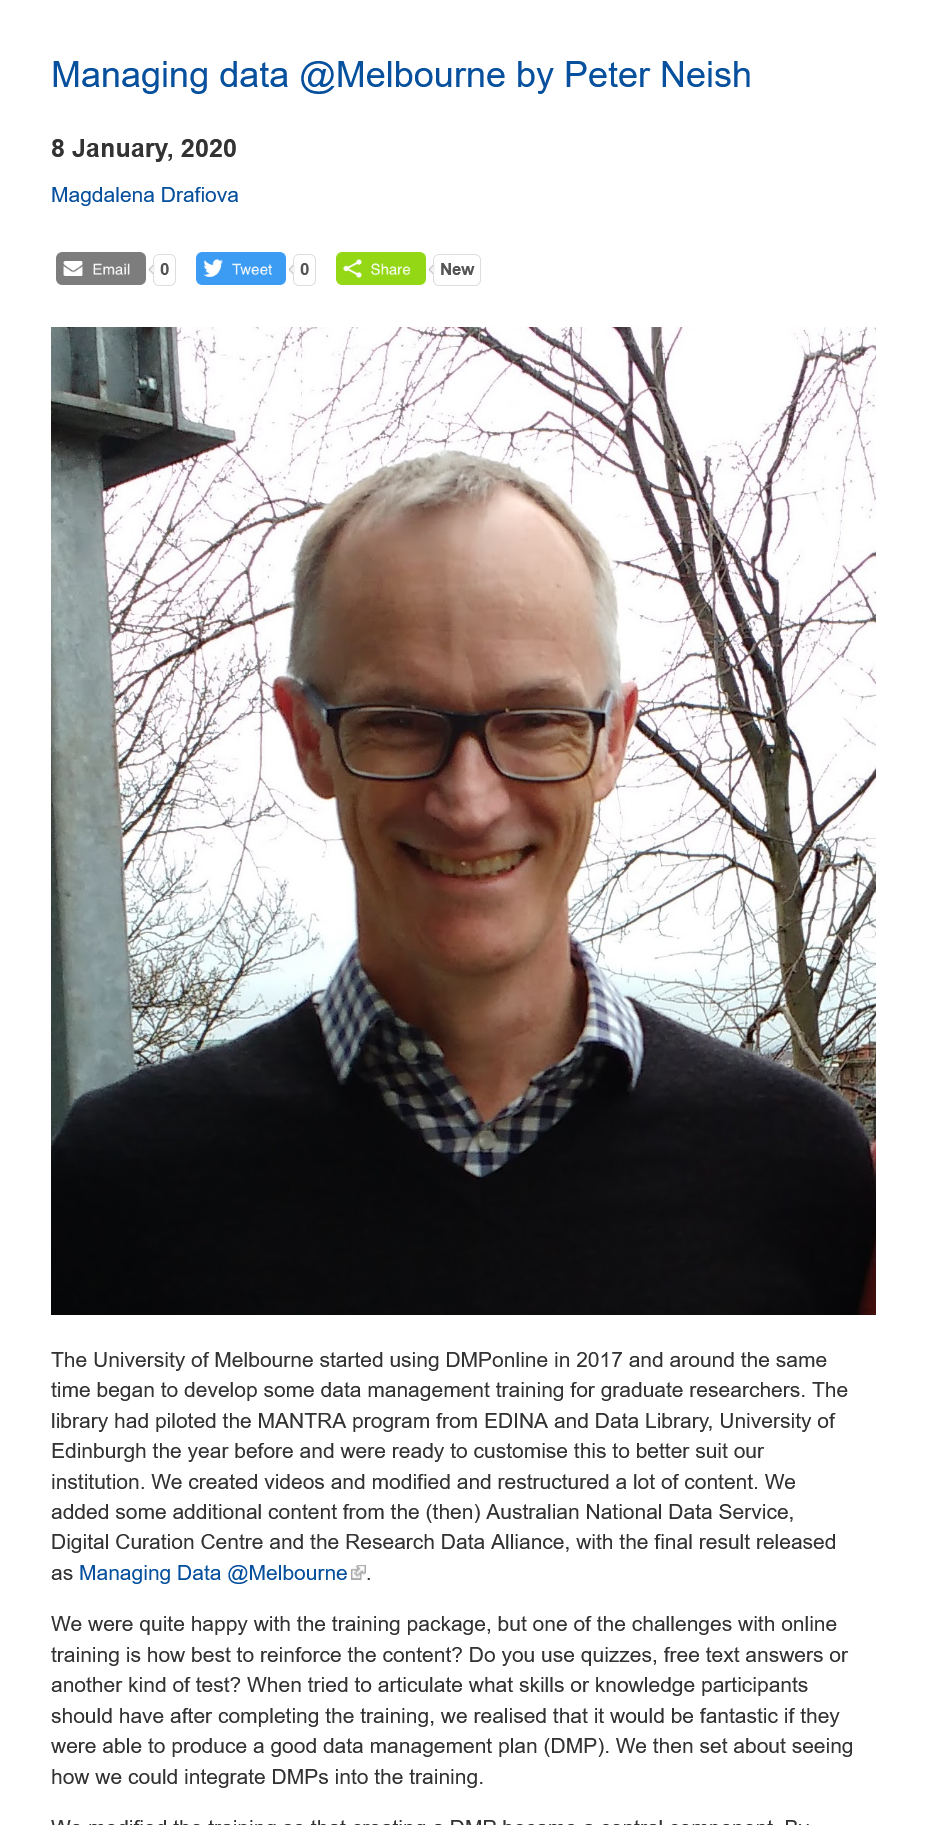
The  University of Melbourne started using DMPonline in 2017 and around the same
     time began to develop some data management training for graduate researchers. The
     library had piloted the MANTRA program from EDINA and Data Library, University of
     Edinburgh the year before and were ready to customise this to better suit our
     institution. We created videos and modified and restructured a lot of content. We
     added  some additional content from the (then) Australian National Data Service,
     Digital Curation Centre and the Research Data Alliance, with the final result released
     as Managing Data @Melbourne&.
     We  were quite happy with the training package, but one of the challenges with online
     training is how best to reinforce the content? Do you use quizzes, free text answers or
     another kind of test? When tried to articulate what skills or knowledge participants
     should have after completing the training, we realised that it would be fantastic if they
     were able to produce a good data management plan (DMP). We then set about seeing
     how  we could integrate DMPs into the training.
     Managing    data    @Melbourne    by   Peter    Neish
     8 Januarv.   2020
     Magdalena  Drafiova
     rt    aver    New